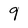
Character: 9